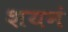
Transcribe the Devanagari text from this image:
शयनं